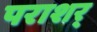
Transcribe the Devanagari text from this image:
पराशर्